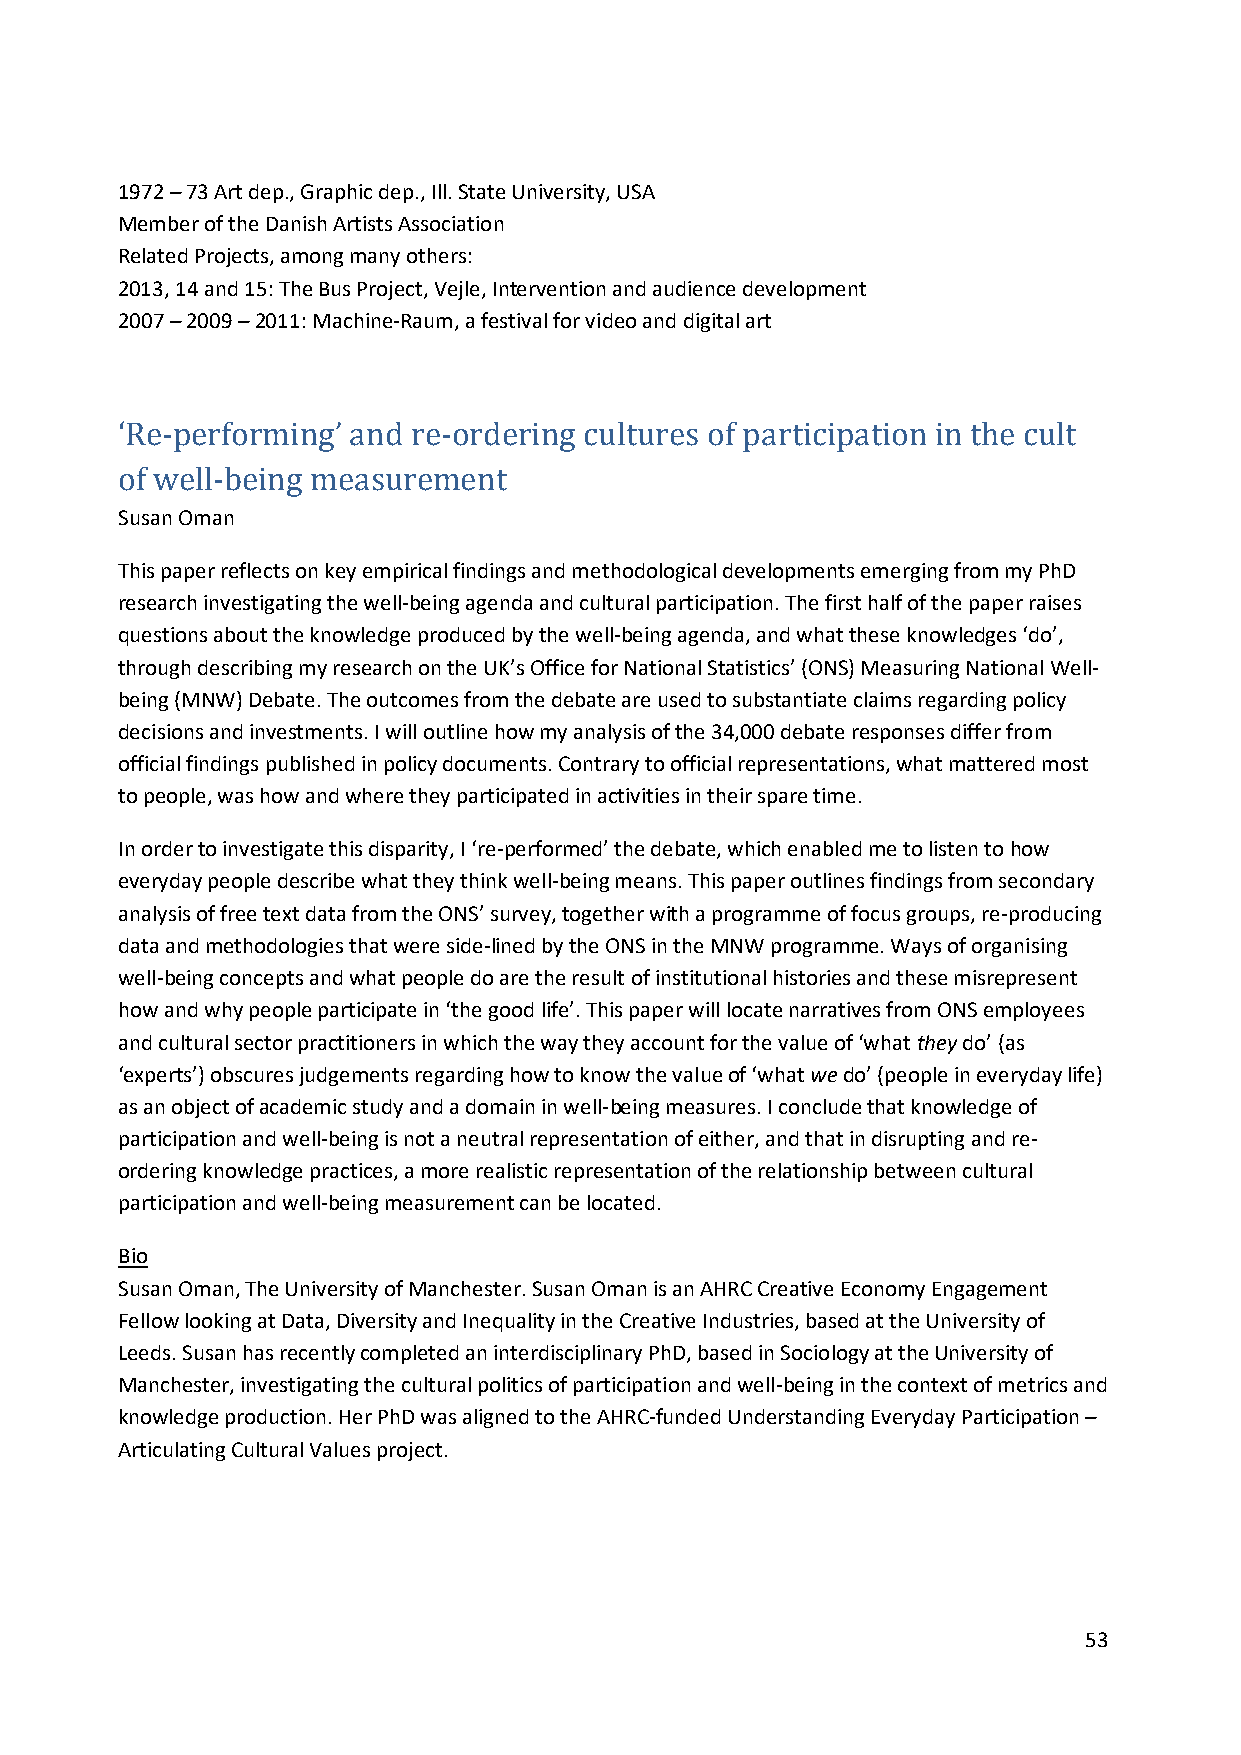
1972 – 73 Art dep., Graphic dep., Ill. State University, USA
 Member of the Danish Artists Association
 Related Projects, among many others:
 2013, 14 and 15: The Bus Project, Vejle, Intervention and audience development
 2007 – 2009 – 2011: Machine-Raum, a festival for video and digital art
 ‘Re-performing’ and re-ordering cultures of participation in the cult
 Susan Oman
 of well-being measurement
 This paper reflects on key empirical findings and methodological developments emerging from my PhD
 research investigating the well-being agenda and cultural participation. The first half of the paper raises
 questions about the knowledge produced by the well-being agenda, and what these knowledges ‘do’,
 through describing my research on the UK’s Office for National Statistics’ (ONS) Measuring National Well-
 being (MNW) Debate. The outcomes from the debate are used to substantiate claims regarding policy
 decisions and investments. I will outline how my analysis of the 34,000 debate responses differ from
 official findings published in policy documents. Contrary to official representations, what mattered most
 to people, was how and where they participated in activities in their spare time.
 In order to investigate this disparity, I ‘re-performed’ the debate, which enabled me to listen to how
 everyday people describe what they think well-being means. This paper outlines findings from secondary
 analysis of free text data from the ONS’ survey, together with a programme of focus groups, re-producing
 data and methodologies that were side-lined by the ONS in the MNW programme. Ways of organising
 well-being concepts and what people do are the result of institutional histories and these misrepresent
 how and why people participate in ‘the good life’. This paper will locate narratives from ONS employees
 and cultural sector practitioners in which the way they account for the value of ‘what they do’ (as
 ‘experts’) obscures judgements regarding how to know the value of ‘what we do’ (people in everyday life)
 as an object of academic study and a domain in well-being measures. I conclude that knowledge of
 participation and well-being is not a neutral representation of either, and that in disrupting and re-
 ordering knowledge practices, a more realistic representation of the relationship between cultural
 participation and well-being measurement can be located.
 Bio
 Susan Oman, The University of Manchester. Susan Oman is an AHRC Creative Economy Engagement
 Fellow looking at Data, Diversity and Inequality in the Creative Industries, based at the University of
 Leeds. Susan has recently completed an interdisciplinary PhD, based in Sociology at the University of
 Manchester, investigating the cultural politics of participation and well-being in the context of metrics and
 knowledge production. Her PhD was aligned to the AHRC-funded Understanding Everyday Participation –
 Articulating Cultural Values project.
 53